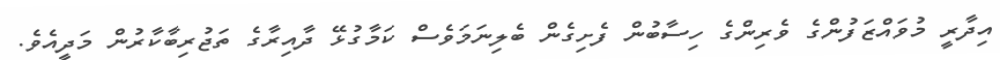
އިދާރީ މުވައްޒަފުންގެ ވެރިންގެ ހިސާބުން ފެށިގެން ބެލިނަމަވެސް ކަމާގުޅޭ ދާއިރާގެ ތަޖުރިބާކާރުން މަދީއެވެ.